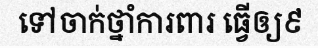
ទៅចាក់ថ្នាំការពារ ធ្វើឲ្យ៩